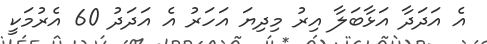
އެ އަދަދާ އަޅާބަލާ އިރު މިދިޔަ އަހަރު އެ އަދަދު 60 އެރުމަކީ